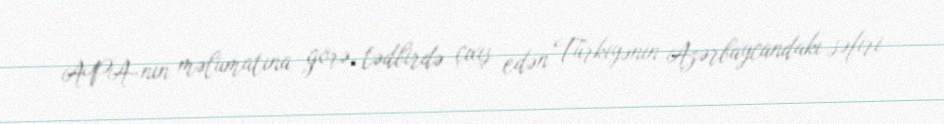
APA-nın məlumatına görə, tədbirdə çıxış edən Türkiyənin Azərbaycandakı səfiri